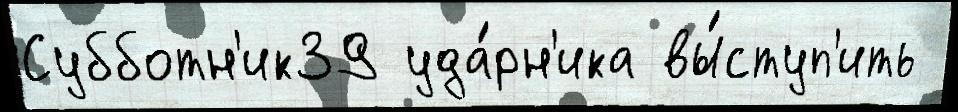
Субботн'ик39 уда́рн'ика вы́ступ'ить